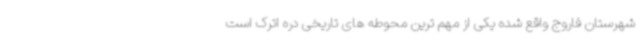
شهرستان فاروج واقع شده یکی از مهم ترین محوطه های تاریخی دره اترک است